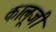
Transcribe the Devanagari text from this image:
कालूजी